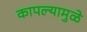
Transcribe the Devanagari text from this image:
कापल्यामुळे